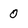
Character: 0